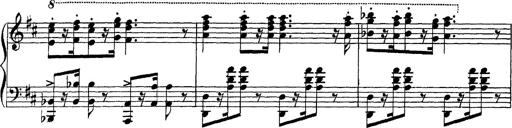
Title: Scherzo und Marsch
Composer: Franz Liszt